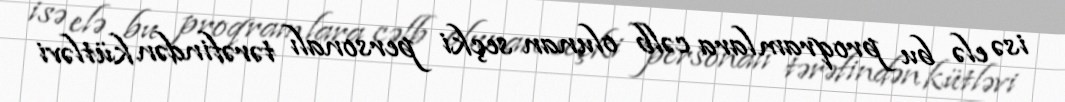
isə elə bu proqramlara cəlb olunan seçki personalı tərəfindən kütləvi